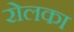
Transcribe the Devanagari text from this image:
रोलका